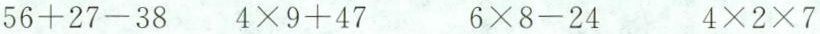
$$5 6 + 2 7 - 3 8$$ $$4 \times 9 + 4 7$$ $$6 \times 8 - 2 4$$ $$4 \times 2 \times 7$$